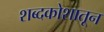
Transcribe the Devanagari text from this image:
शब्दकोशातून